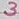
Text: 3